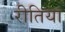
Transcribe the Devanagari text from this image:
रीतिया